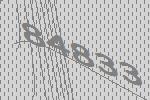
84833